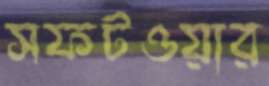
সফটওয়ার